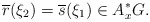
\begin{align*} \overline{r}(\xi_2)=\overline{s}(\xi_1) \in A^*_xG.\end{align*}